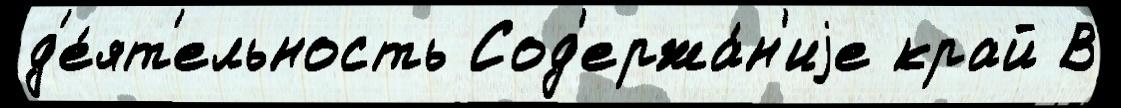
д'е́ят'ельность Сод'ержа́н'иjе край В